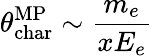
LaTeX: \theta_{\mathrm{char}}^{{\mathrm{MP}}}\sim\frac{m_{e}}{xE_{e}}